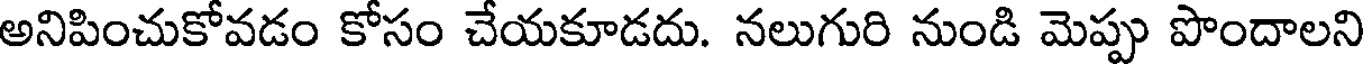
అనిపించుకోవడం కోసం చేయకూడదు. నలుగురి నుండి మెప్పు పొందాలని